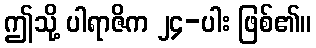
ဤသို့ ပါရာဇိက ၂၄-ပါး ဖြစ်၏။